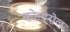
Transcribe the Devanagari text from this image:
कोन्ट्रोल